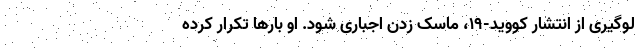
لوگیری از انتشار کووید-۱۹، ماسک زدن اجباری شود. او بارها تکرار کرده